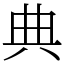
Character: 典